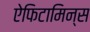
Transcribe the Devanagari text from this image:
ऐफिटामिन्स